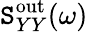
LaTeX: \mathtt{S}_{YY}^{\mathrm{{out}}}(\omega)